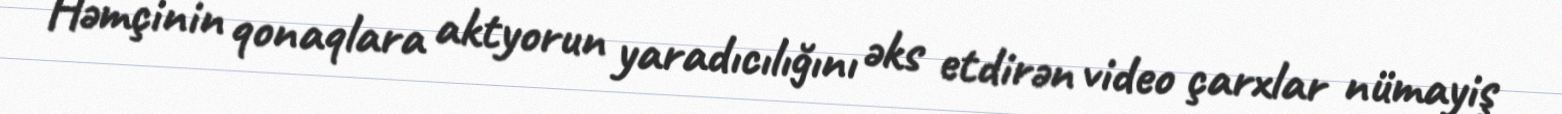
Həmçinin qonaqlara aktyorun yaradıcılığını əks etdirən video çarxlar nümayiş